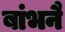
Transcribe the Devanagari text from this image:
बांभनै